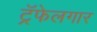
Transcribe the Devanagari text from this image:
ट्रॅफेलगार